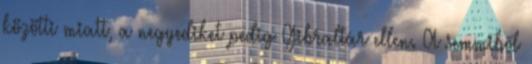
közötti miatt, a negyediket pedig Gibraltár ellen. A semmiből